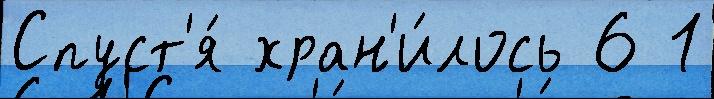
Спуст'я́ хран'и́лось 6 1